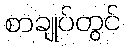
စာချုပ်တွင်